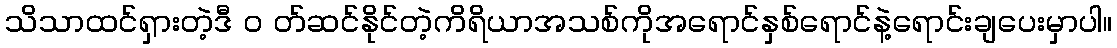
သိသာထင်ရှားတဲ့ဒီ ၀ တ်ဆင်နိုင်တဲ့ကိရိယာအသစ်ကိုအရောင်နှစ်ရောင်နဲ့ရောင်းချပေးမှာပါ။